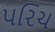
પરિચ